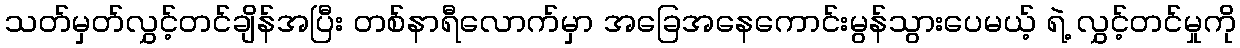
သတ်မှတ်လွှင့်တင်ချိန်အပြီး တစ်နာရီလောက်မှာ အခြေအနေကောင်းမွန်သွားပေမယ့် ရဲ့ လွှင့်တင်မှုကို